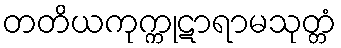
တတိယကုက္ကုဋာရာမသုတ္တံ